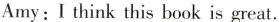
Amy:I think this book is great.